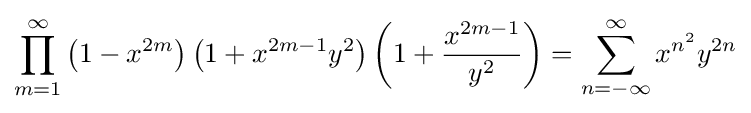
\prod _{m=1}^{\infty }\left(1-x^{2m}\right)\left(1+x^{2m-1}y^{2}\right)\left(1+{\frac {x^{2m-1}}{y^{2}}}\right)=\sum _{n=-\infty }^{\infty }x^{n^{2}}y^{2n}